Civil Veterinary Department. Central Provinces & Berar 1932-41 - 1932-1941
Year: 1932
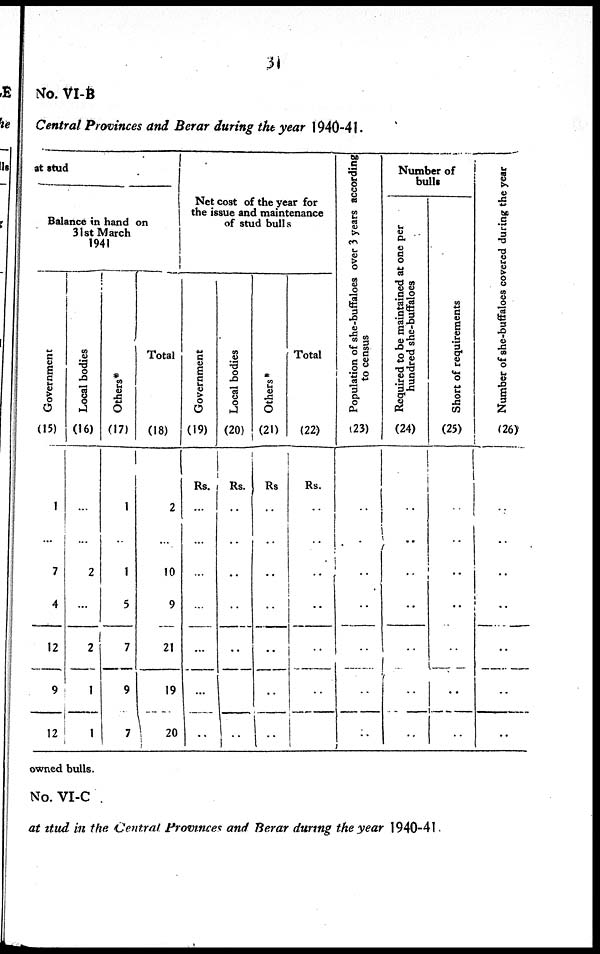
31
No. VI-B
Central Provinces and Berar during the year 1940-41.
at stud
Balance in hand on
31st March
1941
Government
(15)
1
...
7
4
12
9
12
Local bodies
(16)
...
...
2
...
2
1
1
Others*
(17)
1
...
1
5
7
9
7
Total
(18)
2
..
10
9
21
19
20
Net cost of the year for
the issue and maintenance
of stud bulls
Government
(19)
Rs.
..
..
..
..
..
..
..
Local bodies
(20)
Rs.
..
..
..
..
..
..
..
Others*
(21)
Rs
..
..
..
..
..
..
..
Total
(22)
Rs.
..
..
..
..
..
..
Population of she-buffaloes over 3 years according
to c e ns us
(23)
..
..
..
..
..
..
..
Number of
bulls
Required to be maintained at one per
hundred she-buffaloes
(24)
..
...
..
..
..
..
..
Short of requirements
(25)
..
..
..
..
..
..
..
Nu mb e r o f s h e - b u f f a l o e s c o v e r e d d u r i n g t h e year
(26)
..
..
..
..
..
..
..
owned bulls.
No. VI-C
at stud in the Central Provinces and Berar during the year 1940-41